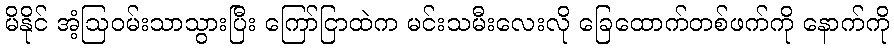
မိနိုင် အံ့ဩဝမ်းသာသွားပြီး ကြော်ငြာထဲက မင်းသမီးလေးလို ခြေထောက်တစ်ဖက်ကို နောက်ကို